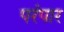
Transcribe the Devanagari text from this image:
परंपार